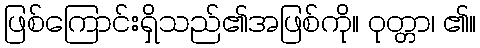
ဖြစ်ကြောင်းရှိသည်၏အဖြစ်ကို။ ဝုတ္တာ၊ ၏။